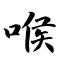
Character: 喉